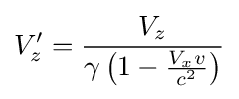
V'_{z}={\frac {V_{z}}{\gamma \left(1-{\frac {V_{x}v}{c^{2}}}\right)}}